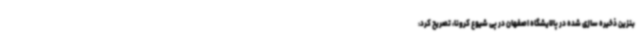
بنزین ذخیره سازی شده در پالایشگاه اصفهان در پی شیوع کرونا، تصریح کرد: